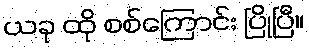
ယခု ထို စစ်ကြောင်း ပြိုပြီ။